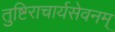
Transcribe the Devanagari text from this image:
तुष्टिराचार्यसेवनम्